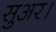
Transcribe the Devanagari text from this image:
सुअर।